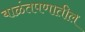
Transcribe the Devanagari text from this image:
बाळंतपणातील